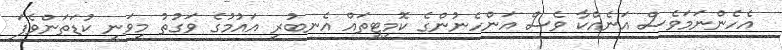
އެހެންނަމަވެސް އަނެއްކާ ވެސް އަންހެނުންގެ ކޮމިޓީތައް އެނބުރި އައުމުގެ ވަގުތު މިވަނީ ކުޑަތަންވެފަ